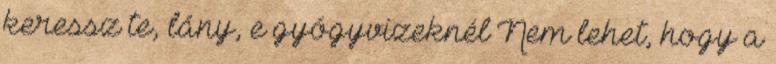
keressz te, lány, e gyógyvizeknél Nem lehet, hogy a